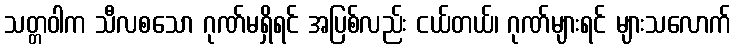
သတ္တဝါက သီလစသော ဂုဏ်မရှိရင် အပြစ်လည်း ငယ်တယ်၊ ဂုဏ်များရင် များသလောက်